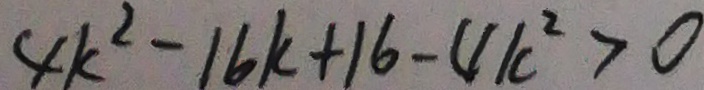
4 k ^ { 2 } - 1 6 k + 1 6 - 4 k ^ { 2 } > 0